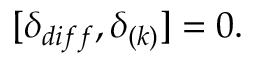
[ \delta _ { d i f f } , \delta _ { ( k ) } ] = 0 .